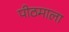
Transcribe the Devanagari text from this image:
पीठमाला